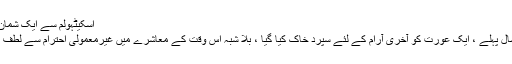
اسکیٹہولم سے ایک شمان کا چہرہ
ہزاروں سال پہلے ، ایک عورت کو آخری آرام کے لئے سپرد خاک کیا گیا ، بلا شبہ اس وقت کے معاشرے میں غیرمعمولی احترام سے لطف اندوز ہوا۔